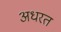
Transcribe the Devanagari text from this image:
अधरत